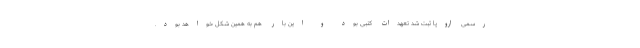
رسمی اروپا ثبت شد تعهدات کتبی بود و این بار هم به همین شکل خواهد بود.